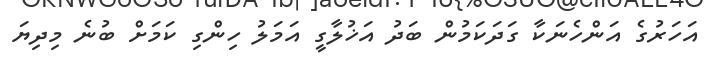
އަހަރުގެ އަންހެނަކާ ގަދަކަމުން ބަދު އަޚުލާގީ އަމަލު ހިންގި ކަމަށް ބުނެ މިދިޔަ